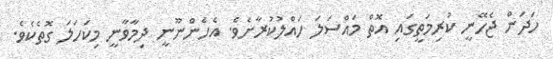
ހަދަން ޖެހޭނީ ކުރިމަތީގައި އޮތް މައްސަލަ ހައްލުކުރާށެވެ. އެހެންނޫނީ ދިމާވާނީ މިކަހަލަ ގޮތެކެވެ.